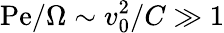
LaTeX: \mathrm{Pe}/\Omega\sim v_{0}^{2}/C\gg 1